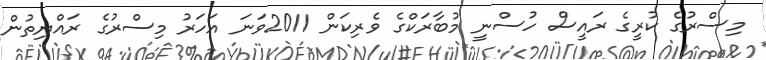
މިސްރުގެ ކުރީގެ ރައީސް ހުސްނީ މުބާރަކްގެ ވެރިކަން 2011ވަނަ އަހަރު މިސްރުގެ ރައްޔިތުން